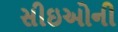
સીઇઓની